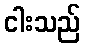
ငါးသည်